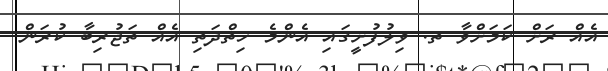
އެއް ރަށް ކަމަށްވާ ތ. ވިލުފުށީގައި އެންމެ ހިތްދަތި އެއް ތަޖުރިބާ ކުރަން